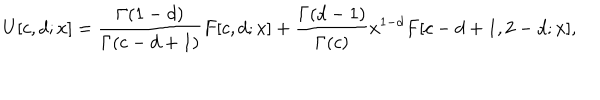
LaTeX: U [ c , d ; x ] = \frac { \Gamma ( 1 - d ) } { \Gamma ( c - d + 1 ) } F [ c , d ; x ] + \frac { \Gamma ( d - 1 ) } { \Gamma ( c ) } x ^ { 1 - d } F [ c - d + 1 , 2 - d ; x ] ,